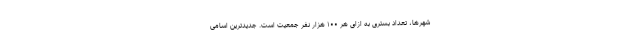
شهرها، تعداد بستری به ازای هر ۱۰۰ هزار نفر جمعیت است. جدیدترین اسامی